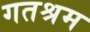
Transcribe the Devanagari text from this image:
गतश्रम